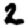
Digit: 2